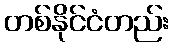
တစ်နိုင်ငံတည်း